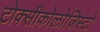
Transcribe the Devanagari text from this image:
टोक्सीकोलोजिस्टों